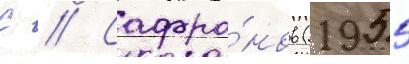
С // Сафро́нов (1955